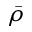
\bar { \rho }